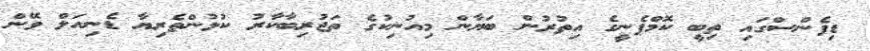
ޑިފެންސްގައި ތިބީ ކޮމްޕެނީގެ އިތުރުން ބަޔާން މިއުނިކުގެ ތަޖުރިބާކާރު ކުޅުންތެރިޔާ ޑެނިއަލް ވޭން